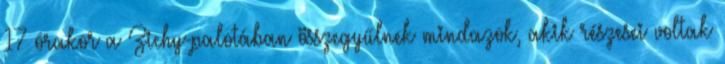
17 órakor a Zichy-palotában összegyűlnek mindazok, akik részesei voltak